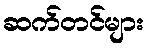
ဆက်တင်များ